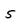
Character: 5